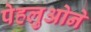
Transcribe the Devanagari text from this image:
पेहलुओने